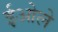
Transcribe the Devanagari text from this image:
ईओले